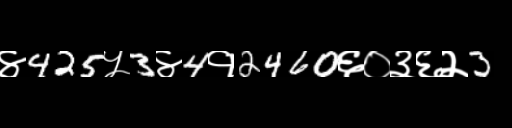
Text: ४425५3४4१2460६०३६२3